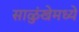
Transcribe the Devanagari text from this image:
साळुंखेमध्ये